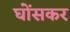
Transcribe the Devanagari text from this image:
घोंसकर